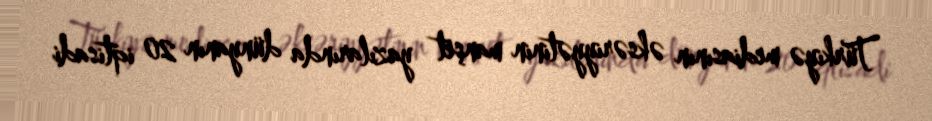
Türkiyə mediasının əksəriyyətinin manşet yazılarında dünyanın 20 iqtisadi